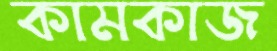
কামকাজ